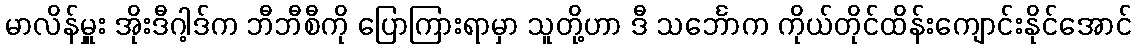
မာလိန်မှူး အိုးဒီဂါ့ဒ်က ဘီဘီစီကို ပြောကြားရာမှာ သူတို့ဟာ ဒီ သင်္ဘောက ကိုယ်တိုင်ထိန်းကျောင်းနိုင်အောင်